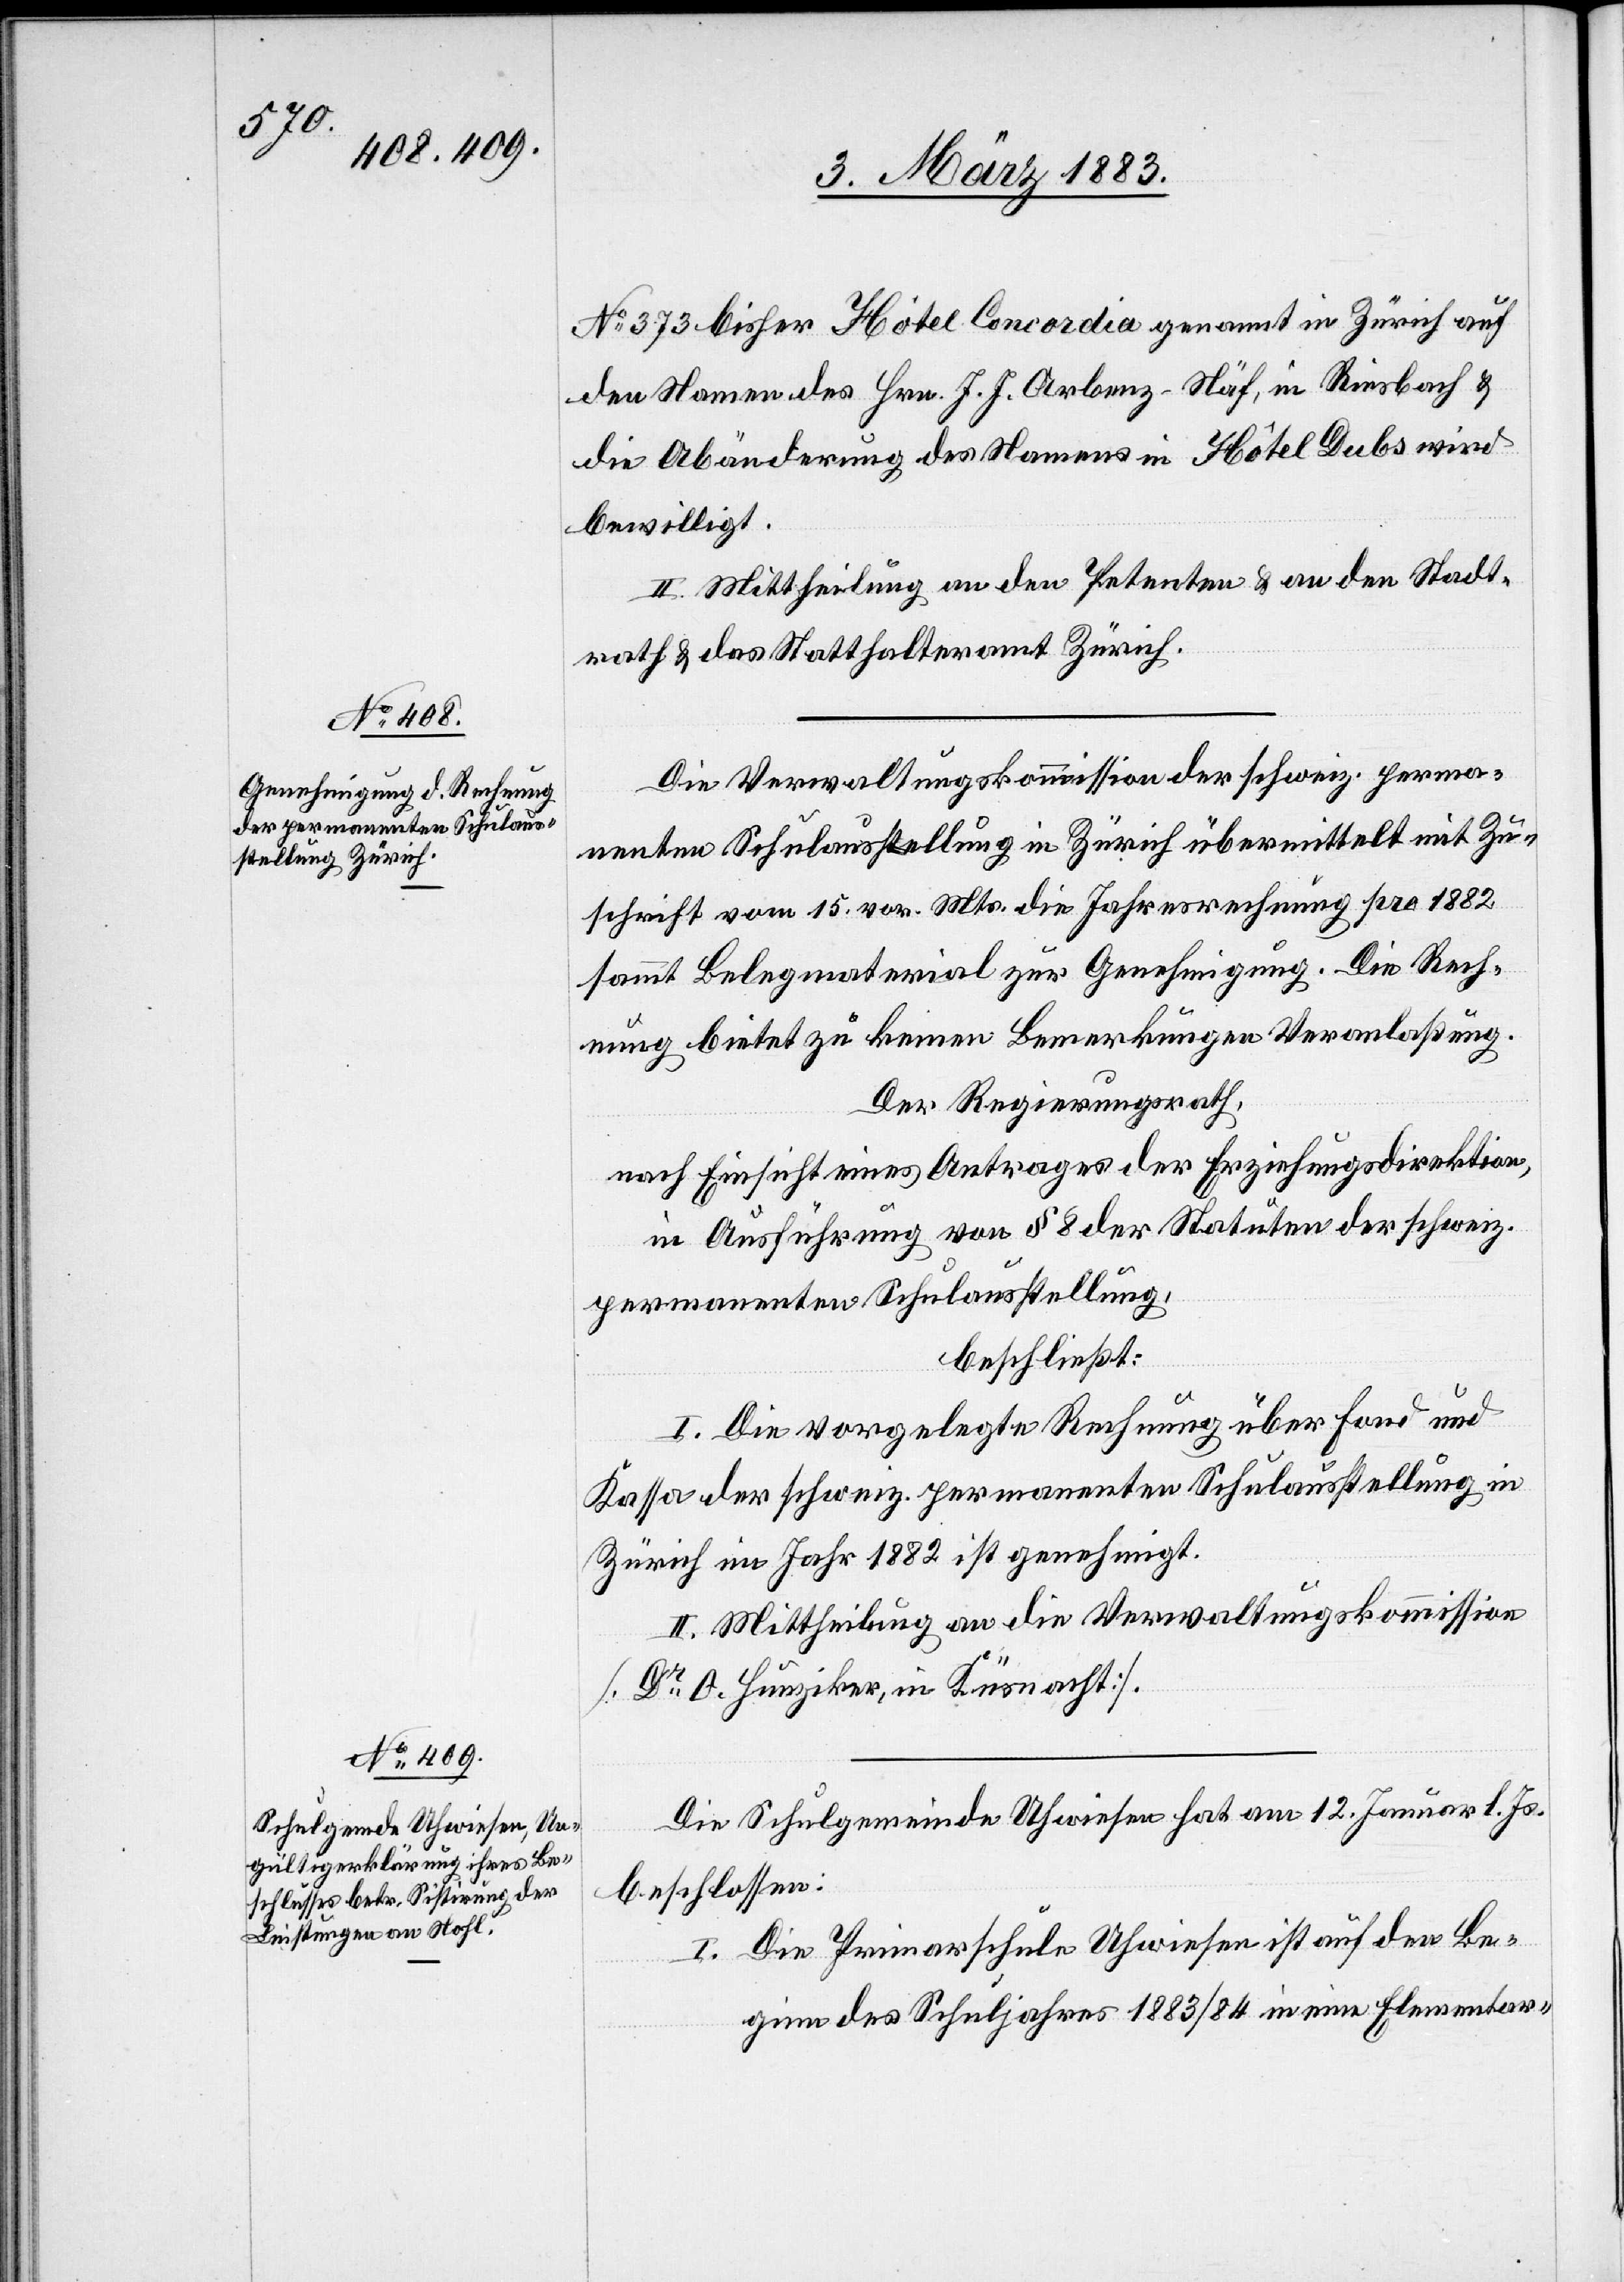
No 373 bisher Hôtel Concordia genannt in Zürich auf
den Namen des Hrn. J. J. Arbenz-Näf, in Riesbach &
die Abänderung des Namens in Hôtel Dubs wird
bewilligt.
II. Mittheilung an den Petenten & an den Stadt¬
rath & das Statthalteramt Zürich.
Die Verwaltungskommission der schweiz. perma¬
nenten Schulausstellung in Zürich übermittelt mit Zu¬
schrift vom 15. vor. Mts. die Jahresrechnung pro 1882
sammt Belegmaterial zur Genehmigung. Die Rech¬
nung bietet zu keinen Bemerkungen Veranlaßung.
Der Regierungsrath,
nach Einsicht eines Antrages der Erziehungsdirektion,
in Ausführung von § 8 der Statuten der schweiz.
permanenten Schulausstellung,
beschließt:
I. Die vorgelegte Rechnung über Fond und
Kassa der schweiz. permanenten Schulausstellung in
Zürich im Jahr 1882 ist genehmigt.
II. Mittheilung an die Verwaltungskommission
[Dr O. Hunziker, in Küsnacht].